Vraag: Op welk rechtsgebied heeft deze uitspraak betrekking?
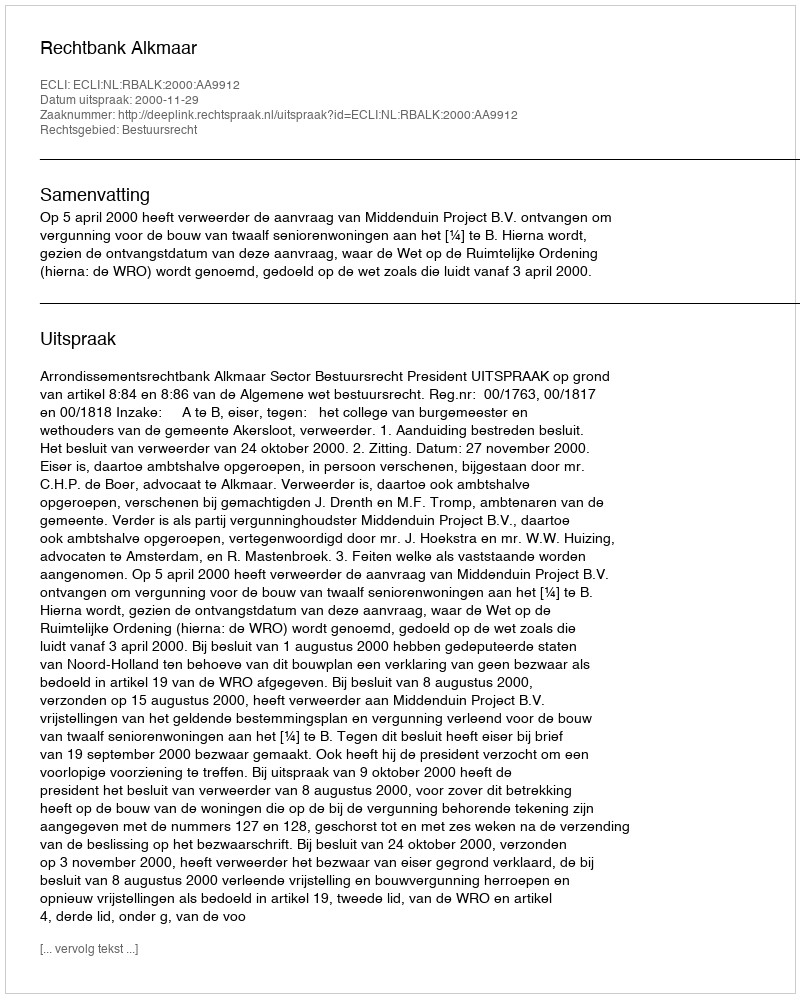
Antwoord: Bestuursrecht